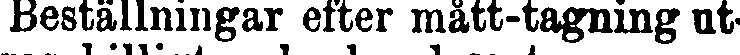
Beställningar efter mått-tagning ut-